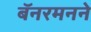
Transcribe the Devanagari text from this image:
बॅनरमनने